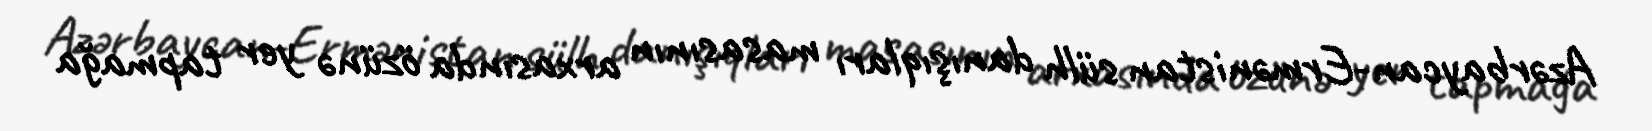
Azərbaycan-Ermənistan sülh danışıqları masasının arxasında özünə yer tapmağa